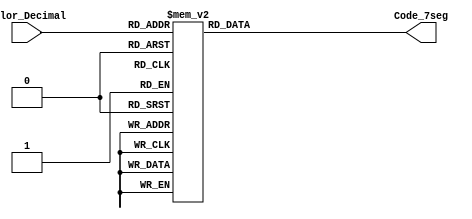
`timescale 1ns / 1ps
//////////////////////////////////////////////////////////////////////////////////
// Company: I.T.C.R
// 
// Design Name: 
// Module Name:    Conversor_BCD_7seg 
// Project Name: 
// Target Devices: 
// Tool versions: 
// Description: 
//
// Dependencies: 
//
// Revision: 
// Revision 0.01 - File Created
// Additional Comments: 
//
//////////////////////////////////////////////////////////////////////////////////
module Conversor_BCD_7seg
(
input wire [3:0] Valor_Decimal,
output reg [7:0] Code_7seg    
);

//Descripcin combinacional del valor decimal a cdigo para el 7 segmentos

always @*

begin

case(Valor_Decimal)

4'h0: Code_7seg = 8'b00000011; //0
4'h1: Code_7seg = 8'b10011111; //1
4'h2: Code_7seg = 8'b00100101; //2
4'h3: Code_7seg = 8'b00001101; //3
4'h4: Code_7seg = 8'b10011001; //4
4'h5: Code_7seg = 8'b01001001; //5
4'h6: Code_7seg = 8'b01000001; //6
4'h7: Code_7seg = 8'b00011111; //8
4'h8: Code_7seg = 8'b00000001; //9
4'h9: Code_7seg = 8'b00001001; //Caso default no enciende el 7 seg
default: Code_7seg = 8'b11111111; 

endcase

end

endmodule